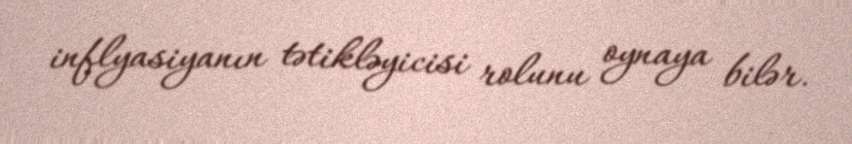
inflyasiyanın tətikləyicisi rolunu oynaya bilər.